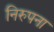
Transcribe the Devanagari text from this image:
निरुपना